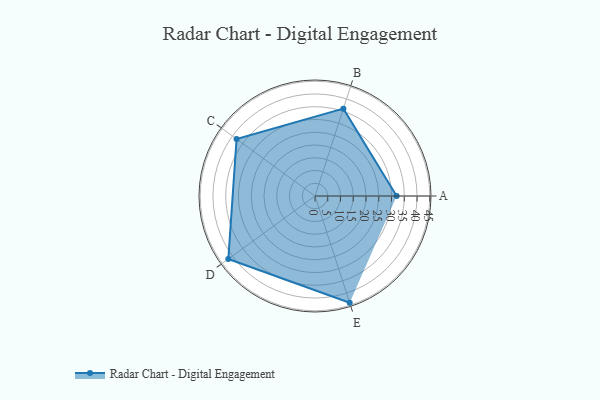
{"axis": {"x": "Skill", "y": "Score"}, "legend": ["Profile"], "data": [{"x": "A", "y": 32.0, "type": "Profile"}, {"x": "B", "y": 36.0, "type": "Profile"}, {"x": "C", "y": 38.0, "type": "Profile"}, {"x": "D", "y": 42.0, "type": "Profile"}, {"x": "E", "y": 44.0, "type": "Profile"}]}